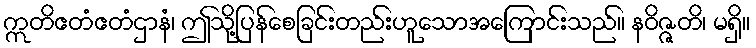
ဣတိဧတံဧတံဌာနံ၊ ဤသို့ပြန်စေခြင်းတည်းဟူသောအကြောင်းသည်။ နဝိဇ္ဇတိ၊ မရှိ။